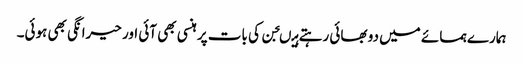
ہمارے ہمسائے میں دو بھائی رہتے ہیںجن کی بات پر ہنسی بھی آئی اور حیرانگی بھی ہوئی۔